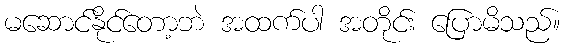
မဆောင်နိုင်တော့ဘဲ အထက်ပါ အတိုင်း ပြောမိသည်။